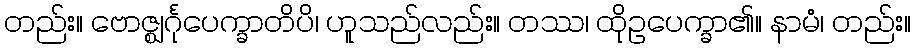
တည်း။ ဗောဇ္ဈင်္ဂုပေက္ခာတိပိ၊ ဟူသည်လည်း။ တဿ၊ ထိုဥပေက္ခာ၏။ နာမံ၊ တည်း။